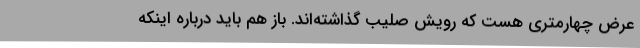
عرض چهارمتری هست که رویش صلیب گذاشته‌اند. باز هم باید درباره اینکه